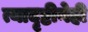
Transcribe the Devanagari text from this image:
त्यादृष्टीनेही